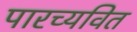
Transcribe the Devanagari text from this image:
पारच्यवित